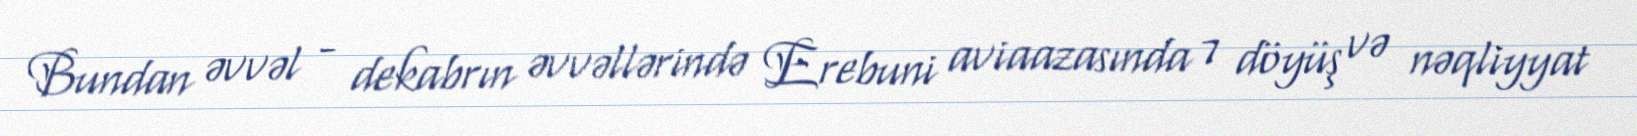
Bundan əvvəl - dekabrın əvvəllərində Erebuni aviaazasında 7 döyüş və nəqliyyat